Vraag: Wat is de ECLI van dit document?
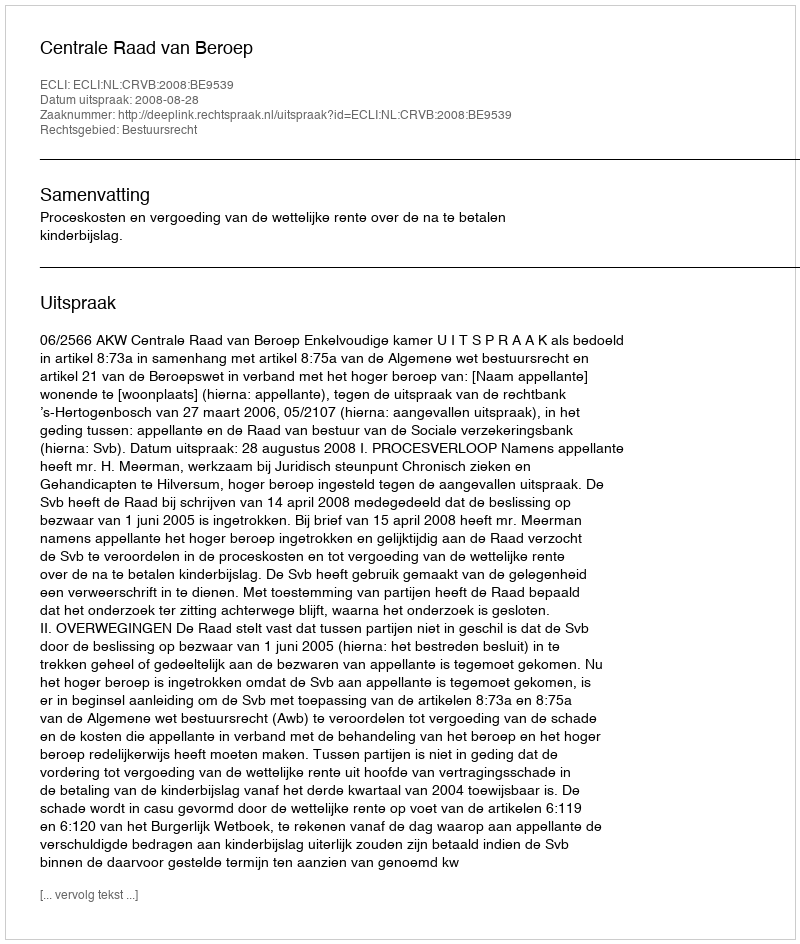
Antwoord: ECLI:NL:CRVB:2008:BE9539